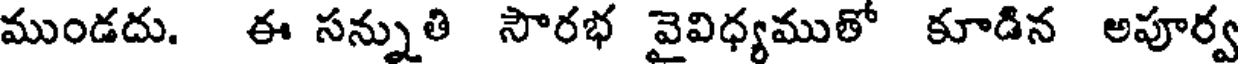
ముండదు. ఈ సన్నుతి సౌరభ వైవిధ్యముతో కూడిన అపూర్వ